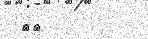
٨٠